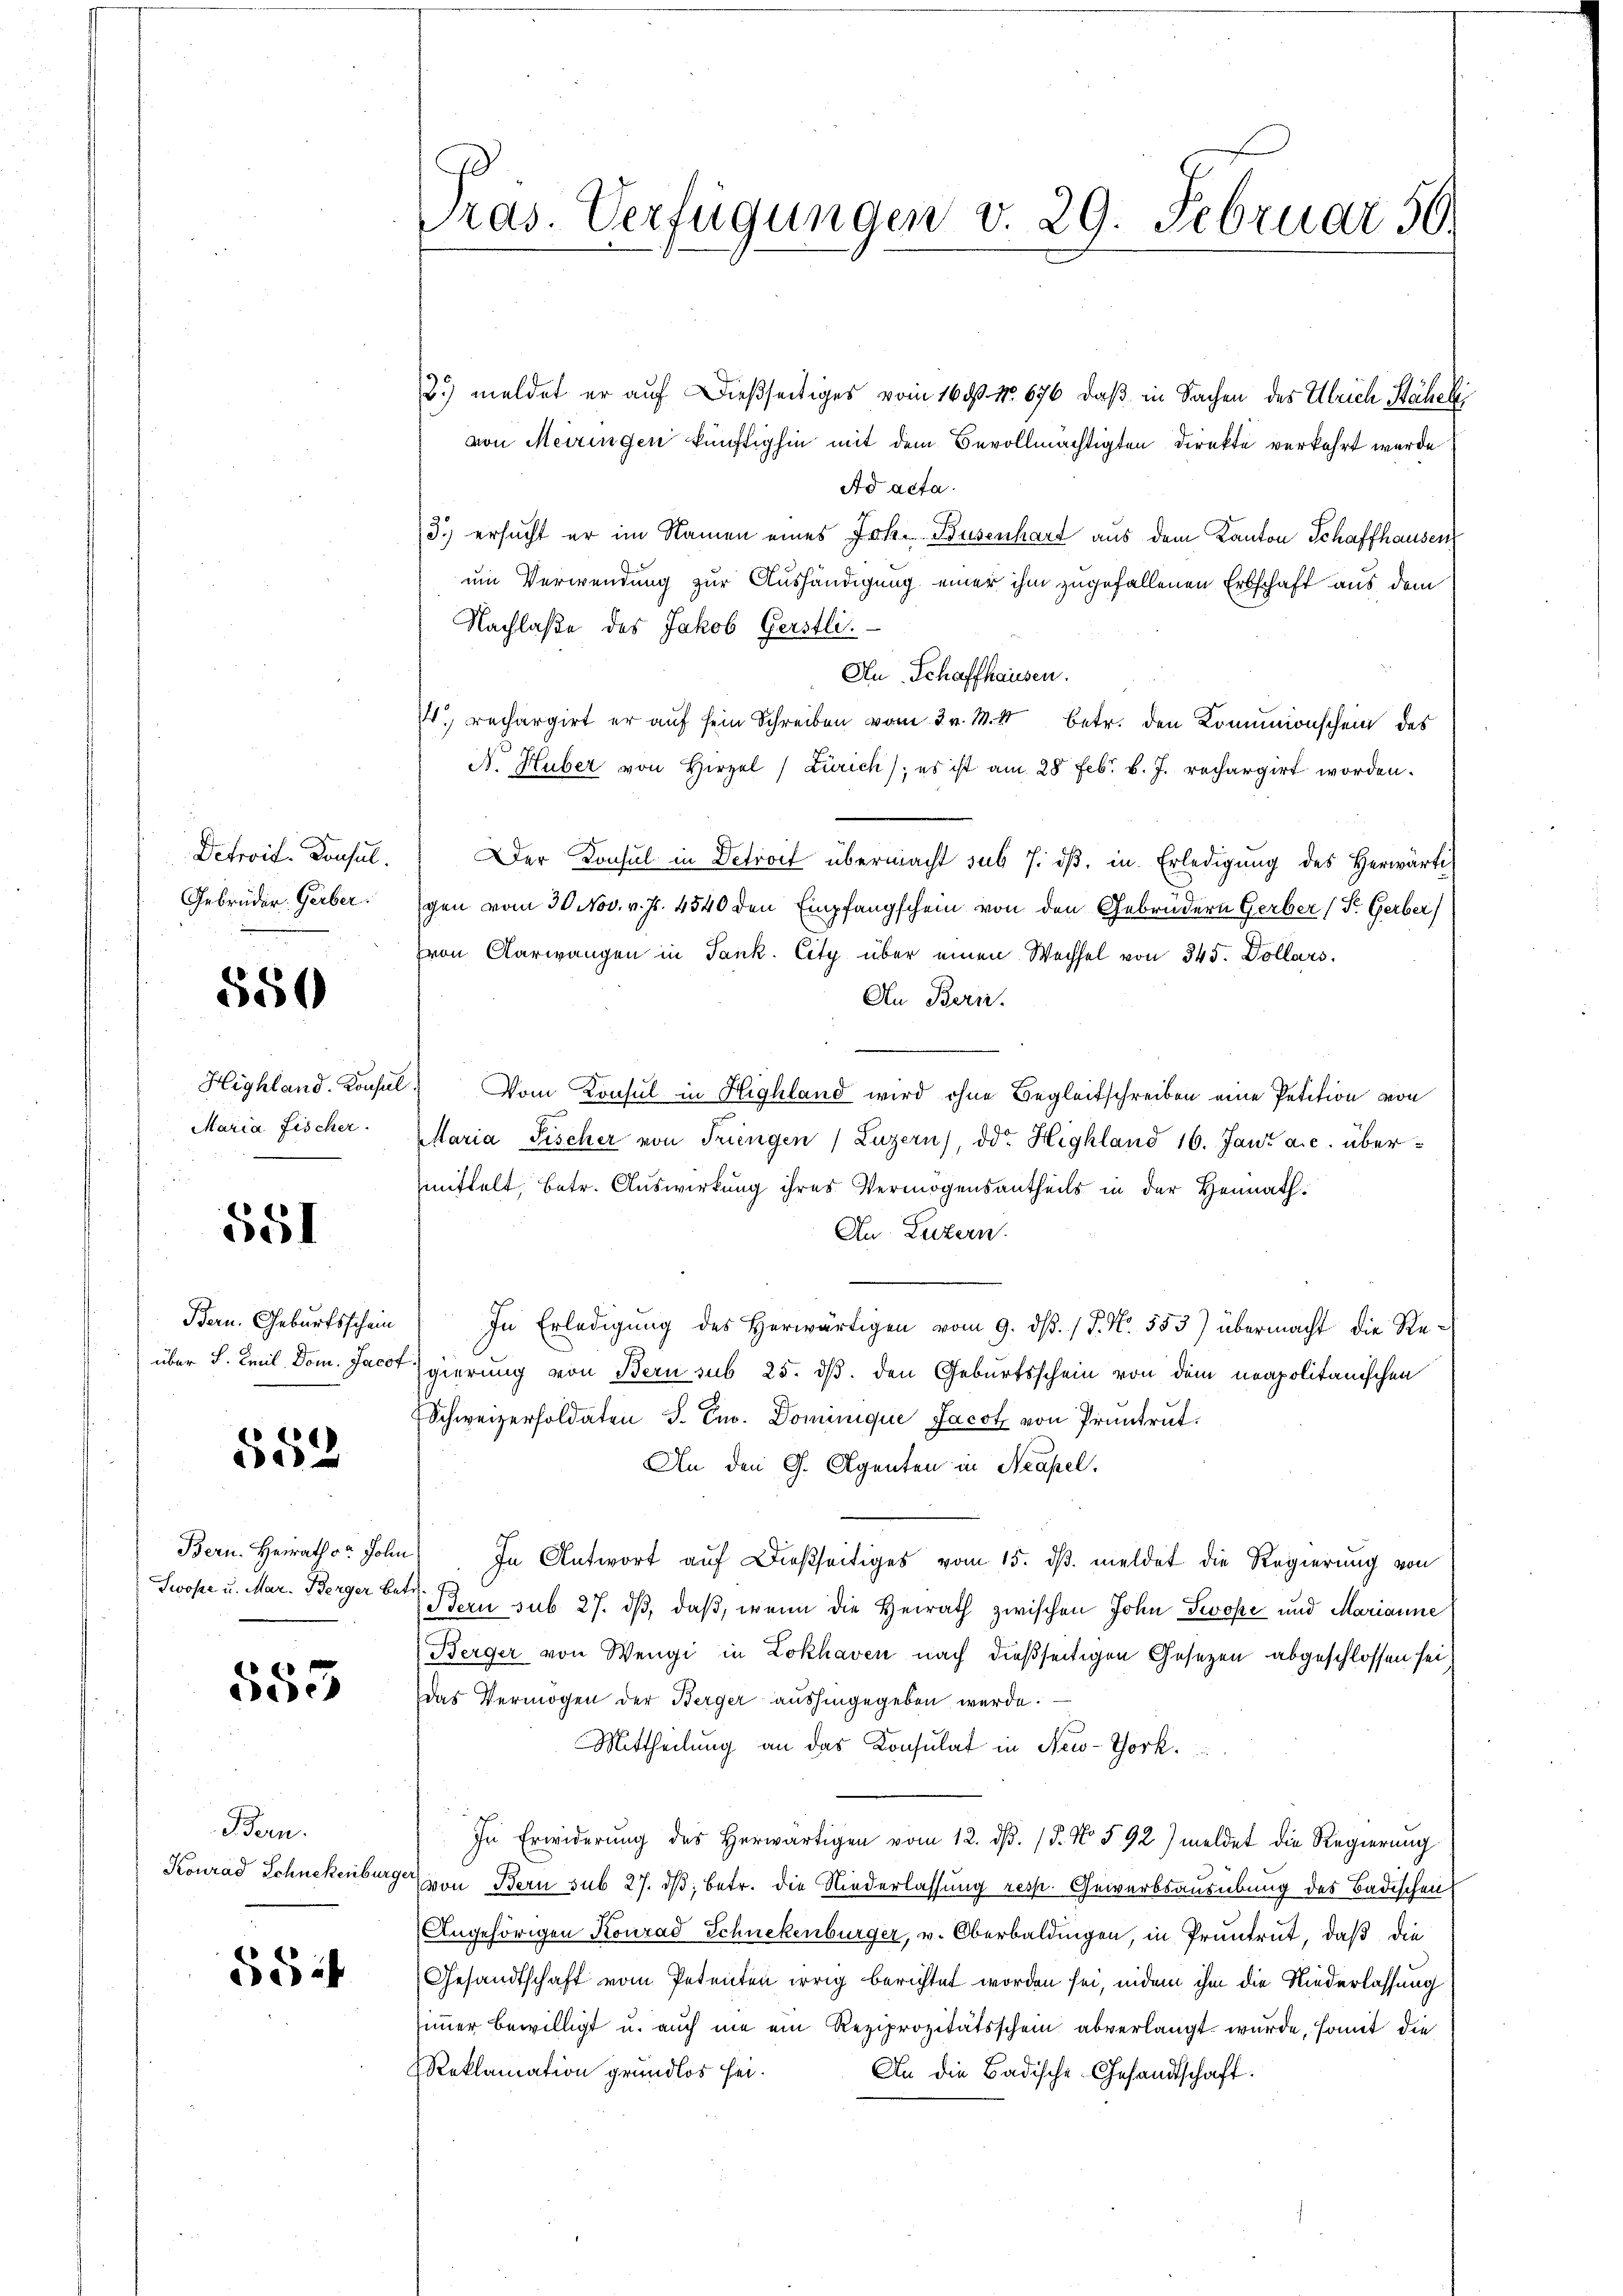
Detroit. Konsul
Gebrüder Gerber.

550

Highland. Konsu
Maria Fischer.

581

Bern. Geburtsschein
über S. Emil Dom. Jaco

e
52

Bern. Heirath v. John
Zwope u. Mar. Berger Bet

555

Bern.
Konrad Schnekenburge

552

ras. Verfügungen v. 29. Februar 50.

8.) meldet er auf dießseitiges vom 169. No. 676, daß in Sachen des Ulrich Stäheli
von Meiringen künftighin mit dem Bevollmächtigten Direkte verkehrt wurde
Ad acta.
3.) ersucht er im Namen eines Joh. Busenhart aus dem Kanton Schaffhausen
um Verwendung zur Aushändigung einer ihm zugefallenen Erbschaft aus dem
Nachlaße des Jakob Gerstli.
An Schaffhausen.
. rechargirt er auf sein Schreiben vom 3. v. M. betr. den Komunionschein des
A. Huber von Hirzel (Zürich), es ist am 28 febr. v. J. rechargirt worden.
Der Konsul in Detroit übermacht sub 7. dβ, in Erledigung des Herwärti
gen vom 30. Nov. v. Js. 4540 den Empfangschein von den Gebrüdern Gerber (T. Gerber
von Aarwangen in Tank. City über einen Wechsel von 345. Dollars.
An Bern.
Vom Konsul in Highland wird ohne Begleitschreiben eine Petition von
Maria Fischer von Trungen (Luzern), od. Highland 16. Jani a. c. übermittelt, betr. Auswirkung ihres Vermögensantheils in der Heimath¬
An Luzern.
In Erledigŭng des herwärtigen vom 9. dβ. / P. Nr. 553) übermacht die Re-
gierung von Bern sub 25. dß. den Geburtsschein von dem neapolitanischen
Schweizersoldaten S. Ew. Dominique Jacotz von Pruntrut
An den G. Agenten in Neapel.
) In Antwort auf dießseitiges vom 15. ds. meldet die Regierung von
Bern sub 27. dβ, daß, wenn die Heirath zwischen John Swöse und Marianne
Berger von Wengi in Lokhaven nach dießseitigen Gesetzen abgeschlossen sei
Das Vermögen der Berger aushingegeben werde.
Mittheilung an das Konsulat in New-York
In Erwiderung des herwärtigen vom 12. d. 15. No 592) meldet die Regierung
von Bern sub 27. dβ, betr. die Niederlassung resp. Gewerbsausübung des Badischen
Angehörigen Konrad Schnekenburger, v. Oberbaldingen, in Pruntrut, daß die
Gesandtschaft vom Petenten irrig berichtet worden sei, indem ihm die Niederlassung
simmer bewilligt u. auch nie ein Reziprozitätsschein abverlangt wurde, somit die
Reklamation grundlos sei.
An die Badische Gesandtschaft.